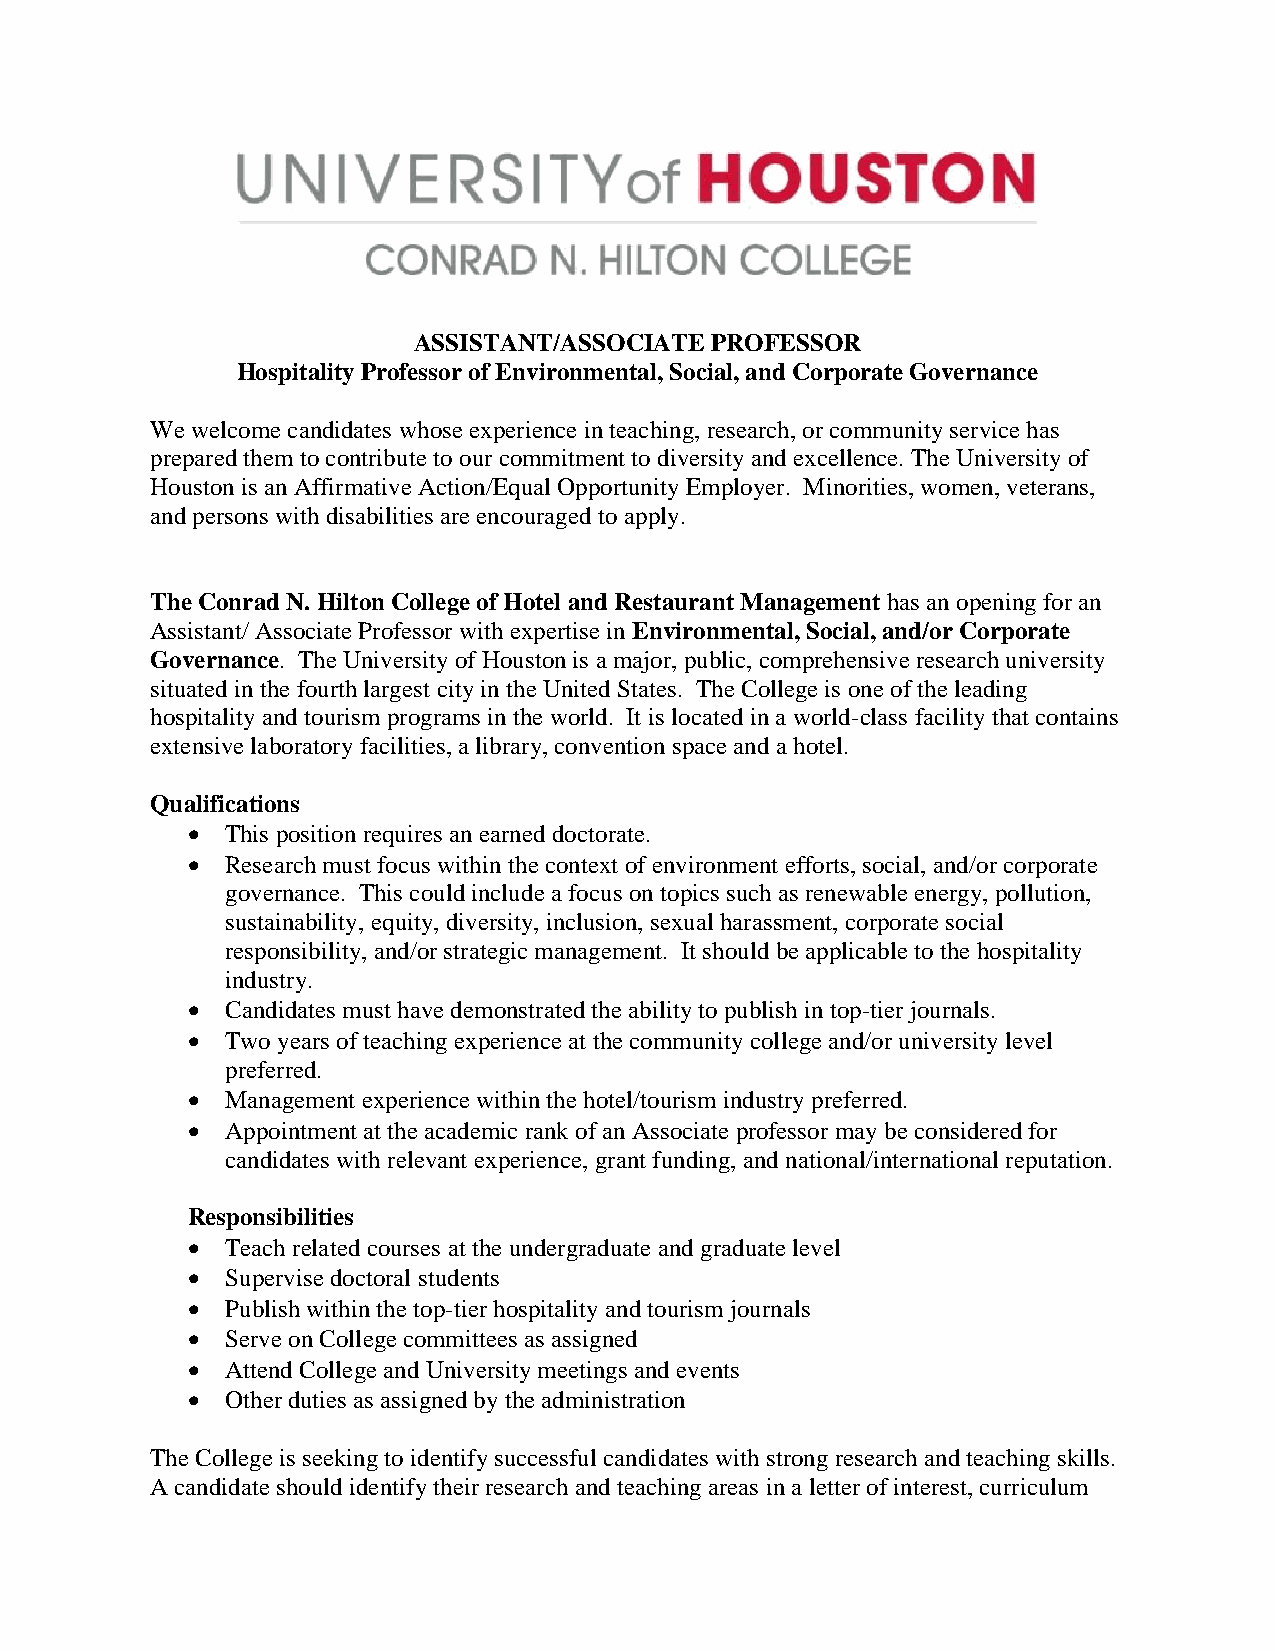
ASSISTANT/ASSOCIATE PROFESSOR
 Hospitality Professor of Environmental, Social, and Corporate Governance
 We welcome candidates whose experience in teaching, research, or community service has
 prepared them to contribute to our commitment to diversity and excellence. The University of
 Houston is an Affirmative Action/Equal Opportunity Employer. Minorities, women, veterans,
 and persons with disabilities are encouraged to apply.
 The Conrad N. Hilton College of Hotel and Restaurant Management has an opening for an
 Assistant/ Associate Professor with expertise in Environmental, Social, and/or Corporate
 Governance. The University of Houston is a major, public, comprehensive research university
 situated in the fourth largest city in the United States. The College is one of the leading
 hospitality and tourism programs in the world. It is located in a world-class facility that contains
 extensive laboratory facilities, a library, convention space and a hotel.
 Qualifications
 •  This position requires an earned doctorate.
 •  Research must focus within the context of environment efforts, social, and/or corporate
 governance. This could include a focus on topics such as renewable energy, pollution,
 sustainability, equity, diversity, inclusion, sexual harassment, corporate social
 responsibility, and/or strategic management. It should be applicable to the hospitality
 industry.
 •  Candidates must have demonstrated the ability to publish in top-tier journals.
 •  Two years of teaching experience at the community college and/or university level
 preferred.
 •  Management experience within the hotel/tourism industry preferred.
 •  Appointment at the academic rank of an Associate professor may be considered for
 candidates with relevant experience, grant funding, and national/international reputation.
 Responsibilities
 •  Teach related courses at the undergraduate and graduate level
 •  Supervise doctoral students
 •  Publish within the top-tier hospitality and tourism journals
 •  Serve on College committees as assigned
 •  Attend College and University meetings and events
 •  Other duties as assigned by the administration
 The College is seeking to identify successful candidates with strong research and teaching skills.
 A candidate should identify their research and teaching areas in a letter of interest, curriculum